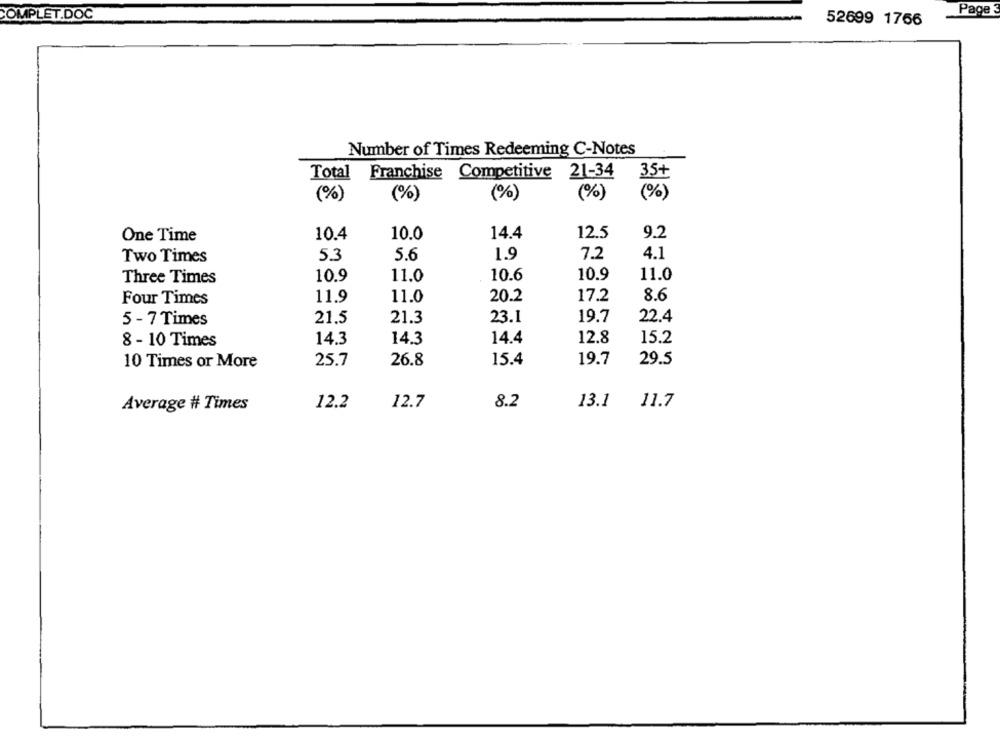
Page 3
COMPLET.DOC
52699 1766
Number of Times Redeeming C-Notes
Total Franchise
Competitive 21-34
35+
(%)
(%)
(%)
(%)
(%)
One Time
10.4
10.0
14.4
12.5
9.2
Two Times
5.3
5.6
1.9
7.2
4.1
Three Times
10.9
11.0
10.6
10.9
11.0
8.6
Four Times
11.9
11.0
20.2
17.2
21.5
21.3
23.1
19.7
22.4
5 - 7 Times
8 - 10 Times
14.3
14.3
14.4
12.8
15.2
10 Times or More
25.7
26.8
15.4
19.7
29.5
Average # Times
12.2
12.7
8.2
13.1
11.7